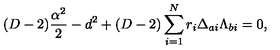
( D - 2 ) { \frac { \alpha ^ { 2 } } { 2 } } - d ^ { 2 } + ( D - 2 ) \sum _ { i = 1 } ^ { N } r _ { i } \Delta _ { a i } \Lambda _ { b i } = 0 ,